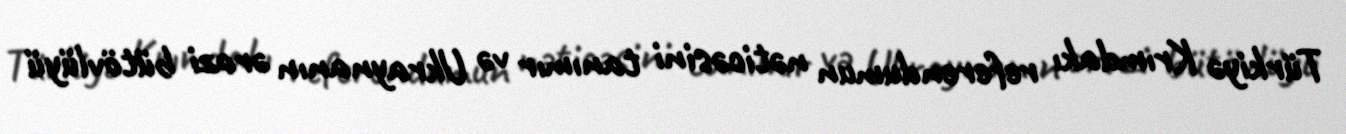
Türkiyə Krımdakı referendumun nəticəsini tanımır və Ukraynanın ərazi bütövlüyü